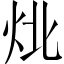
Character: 𰞃